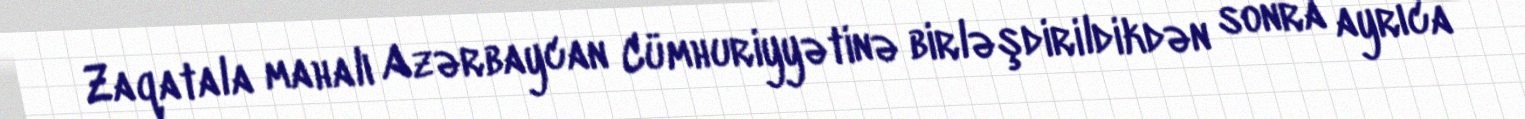
Zaqatala mahalı Azərbaycan Cümhuriyyətinə birləşdirildikdən sonra ayrıca